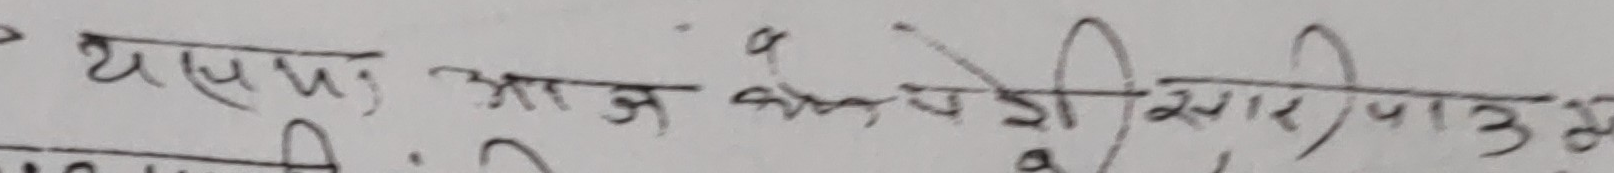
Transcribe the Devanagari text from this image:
यास्या आज केपड़ी रिझाओ